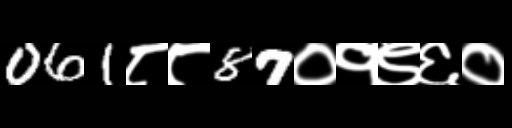
Text: 061८८87०१९६०